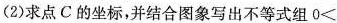
(2)求点C的坐标，并结合图象写出不等式组0<